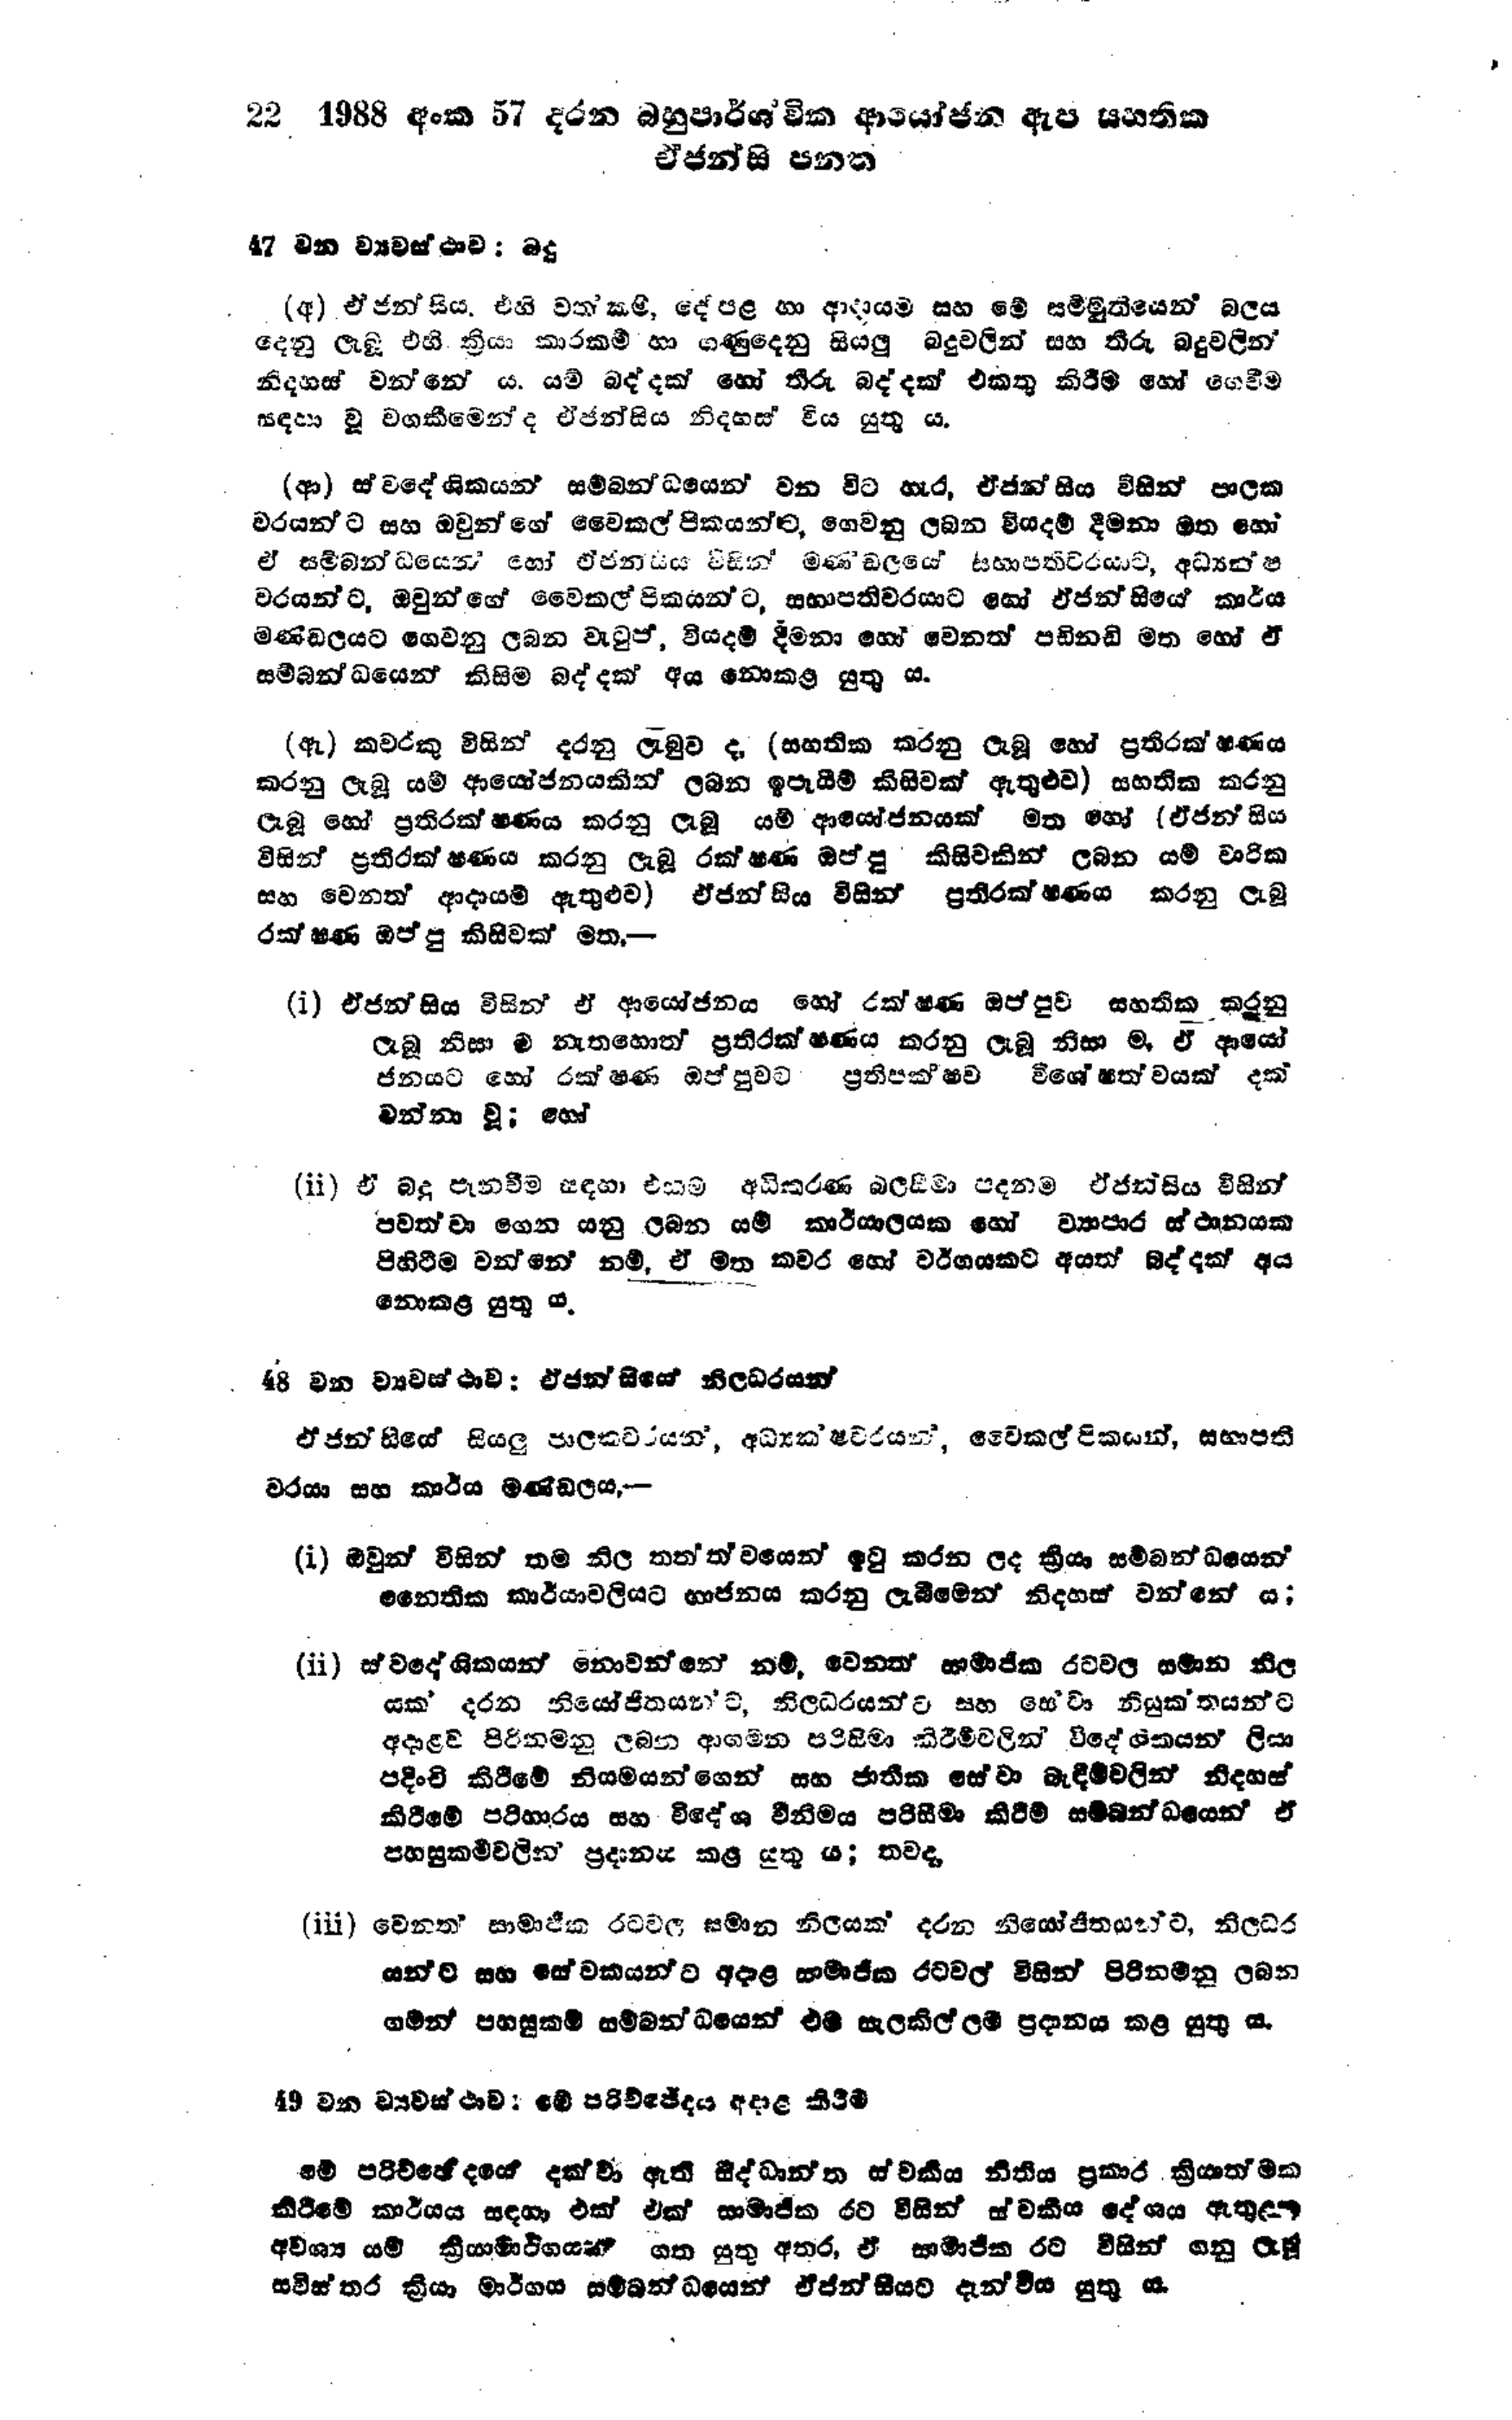
22 1988 අංක 57 දරන බහුපාර්ශවික ආයෝජන ඇප සහතික
ඒජන්සි පනත

47 වන ව්‍යවස්ථාව: බදු

(අ) ඒජන්සිය. එහි වත්කම්, දේපළ හා ආදායම් සහ මේ සම්මුතියෙන් බලය
දෙනු ලැබූ එහි ක්‍රියාකාරකම් හා ගණු දෙනු සියලු බදු වලින් සහ තීරු බදු වලින්
නිදහස් වන්නේ ය. යම් බද්දක් හෝ තීරු බද්දක් එකතු කිරීම හෝ ගෙවීම
සඳහා වූ වගකීමෙන් ද ඒජන්සිය නිදහස් විය යුතු ය.

(ආ) ස්වදේශිකයන් සම්බන්ධයෙන් වන විට හැර, ඒජන්සිය විසින් පාලක
වරයන්ට සහ ඔවුන්ගේ වෛකල්පිකයන්ට, ගෙවනු ලබන වියදම් දීමනා මත හෝ
ඒ සම්බන්ධයෙන් හෝ ඒජන්සිය විසින් මණ්‌ඩලයේ සභාපතිවරයාට, අධ්‍යක්ෂ
වරයන්ට, ඔවුන්ගේ වෛකල්පිකයන්ට, සභාපතිවරයාට හෝ ඒජන්සියේ කාර්ය
මණ්ඩලයට ගෙවනු ලබන වැටුප්, වියදම් දීමනා හෝ වෙනත් පඩිනඩි මත හෝ ඒ
සම්බන්ධයෙන් කිසිම බද්දක් අය නොකළ යුතු ය.

(ඇ) කවරකු විසින් දරනු ලැබුව ද, (සහතික කරනු ලැබූ හෝ ප්‍රතිරක්ෂණය
කරනු ලැබූ යම් ආයෝජනයකින් ලබන ඉපැයීම් කිසිවක් ඇතුළුව) සහතික කරනු
ලැබූ හෝ ප්‍රතිරක්ෂණය කරනු ලැබූ යම් ආයෝජනයක් මත හෝ (ඒජන්සිය
විසින් ප්‍රතිරක්ෂණය කරනු ලැබූ රක්ෂණ ඔප්පු කිසිවකින් ලබන යම් වාරික
සහ වෙනත් ආදායම් ඇතුළුව) ඒජන්සිය විසින් ප්‍රතිරක්ෂණය කරනු ලැබූ
රක්ෂණ ඔප්පු කිසිවක් මත:-

(i) ඒජන්සිය විසින් ඒ ආයෝජනය හෝ රක්ෂණ ඔප්පුව සහතික කරනු
ලැබූ නිසා ම නැතහොත් ප්‍රතිරක්ෂණය කරනු ලැබූ නිසා ම, ඒ ආයෝ
ජනයට හෝ රක්ෂණ ඔප්පුවට ප්‍රතිපක්ෂව විශේෂත්වයක් දක්
වන්නා වූ හෝ

(ii) ඒ බදු පැනවීම සඳහා එකම අධිකරණ බලසීමා පදනම ඒජන්සිය විසින්
පවත්වා ගෙන යනු ලබන යම් කාර්යාලයක හෝ ව්‍යාපාර ස්ථානයක
පිහිටීම වන්නේ නම්, ඒ මත කවර හෝ වර්ගයකට අයත් බද්දක් අය
නොකළ යුතු ය.

48 වන ව්‍යවස්ථාව : ඒජන්සියේ නිලධරයන්

ඒජන්සියේ සියලු පාලකවරයන්, අධ්‍යක්ෂවරයන්, වෛකල්පිකයන්, සභාපති
වරයා සහ කාර්ය මණ්ඩලය -

(i) ඔවුන් විසින් තම නිල තත්ත්වයෙන් ඉටු කරන ලද ක්‍රියා සම්බන්ධයෙන්
නෛතික කාර්යාවලියට භාජනය කරනු ලැබීමෙන් නිදහස් වන්නේ ය;

(ii) ස්වදේශිකයන් නොවන්නේ නම්, වෙන්ත සාමාජික රටවල සමාන නිල
යක දරන නියෝජිතයන්ට, නිලධරයන්ට සහ සේවා නියුක්තයන්ට
අදාළව පිරිනමනු ලබන ආගමන පරිසීමා කිරීම්වලින් විදේශිකයන් ලියා
පදිංචි කිරීමේ නියමයන්ගෙන් සහ ජාතික සේවා බැඳීම් වලින් නිදහස්
කිරීමේ පරිහාරය සහ විදේශ විනිමය පරිසීමා කිරීම සම්බන්ධයෙන් ඒ
පහසුකර්ම වලින් ප්‍රදානය කළ යුතු ය; තවද,

(iii) වෙනත් සාමාජික රටවල සමාන නිලයක් දරන නියෝජිතයන්ට, නිලධර
යන්ට සහ සේවකයන්ට අදාළ සාමාජික රටවල් විසින් පිරිනමනු ලබන
ගමන් පහසුකම් සම්බන්ධයෙන් එම සැලකිල්ලම් ප්‍රදානය කළ යුතු ය.

49 වන ව්‍යවස්ථාව; මේ පරිච්ජේදය අදාළ කිරීම

මේ පරිච්ජේදයේ දක්වා ඇති සිද්ධාන්ත ස්වකීය නීතිය ප්‍රකාර ක්‍රියාත්මක
කිරීමේ කාර්යය සඳහා එක් එක් සාමාජික රට විසින් ස්වකීය දේශය ඇතුළත
අවශ්‍ය යම් ක්‍රියාමාර්ගයක් ගත යුතු අතර, ඒ සාමාජික රට විසින් ගනු ලැබූ
සවිස්තර ක්‍රියා මාර්ගය සම්බන්ධයෙන් ඒ ජන්සියට දැන්විය යුතු ‍ය.